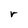
Character: r